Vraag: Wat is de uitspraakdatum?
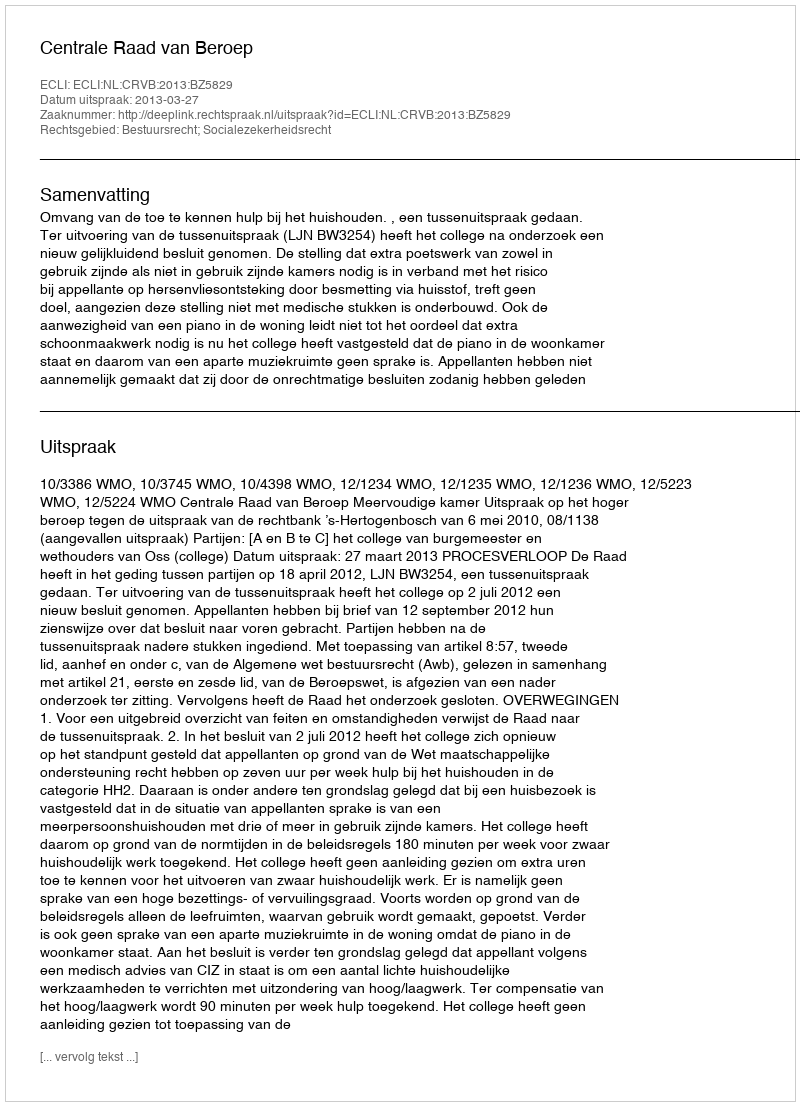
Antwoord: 2013-03-27